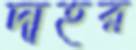
দাহর